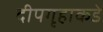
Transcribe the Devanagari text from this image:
दीपगृहाकडे